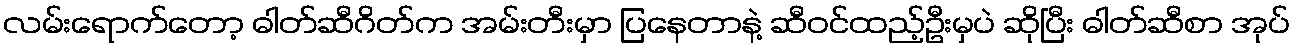
လမ်းရောက်တော့ ဓါတ်ဆီဂိတ်က အမ်းတီးမှာ ပြနေတာနဲ့ ဆီဝင်ထည့်ဦးမှပဲ ဆိုပြီး ဓါတ်ဆီစာ အုပ်